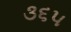
૩૬૫